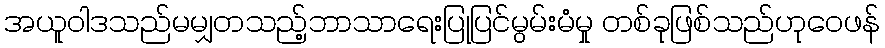
အယူဝါဒသည်မမျှတသည့်ဘာသာရေးပြုပြင်မွမ်းမံမှု တစ်ခုဖြစ်သည်ဟုဝေဖန်